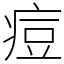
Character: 痘